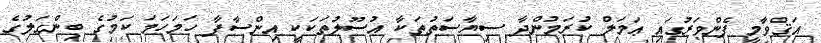
އަޤްވާމީ ފެންވަރުގައި ޢަމަލް ކުރަމުންދާ ސިޔާސަތުތަކާ އުސޫލުތަކަކީ އިންސާފާ ހަމަހަމަ ކަމުގެ ބިންގަލުގެ